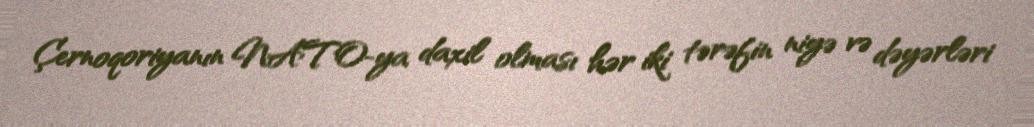
Çernoqoriyanın NATO-ya daxil olması hər iki tərəfin niyə və dəyərləri